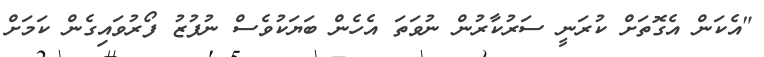
"އެކަން އެގޮތަށް ކުރަނީ ސަރުކާރުން ނުވަތަ އެެހެން ބަޔަކުވެސް ނުފުޒު ފޯރުވައިގެން ކަމަށް